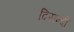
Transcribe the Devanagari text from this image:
दिसन्दी